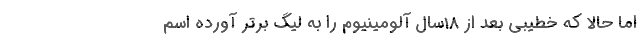
اما حالا که خطیبی بعد از 18سال آلومینیوم را به لیگ برتر آورده اسم